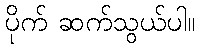
ပိုက် ဆက်သွယ်ပါ။